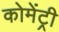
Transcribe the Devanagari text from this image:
कोमेंट्री